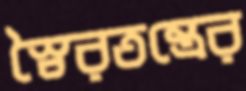
স্বৈরতন্ত্রের